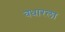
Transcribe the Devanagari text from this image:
वधारला